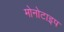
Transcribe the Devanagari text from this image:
मोनोटाइप